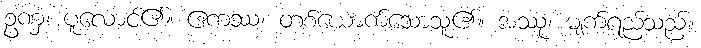
ဥဏှံ၊ ပူလောင်၏။ ဧကဿ၊ တစ်ယောက်သောသူ၏။ အဿု၊ မျက်ရည်သည်။